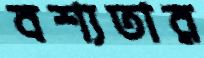
বশ্যতার